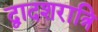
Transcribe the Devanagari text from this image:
द्वादशरात्रि